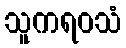
သူကရဝသံ